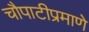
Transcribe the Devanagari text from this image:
चौपाटीप्रमाणे